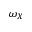
\omega _ { X }